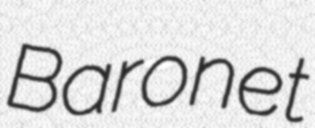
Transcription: Baronet